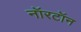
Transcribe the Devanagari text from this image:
नॉरटॉन